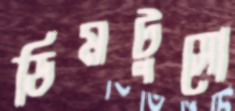
ডিমটুসো